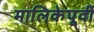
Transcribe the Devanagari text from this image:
मालिकेपूर्वी